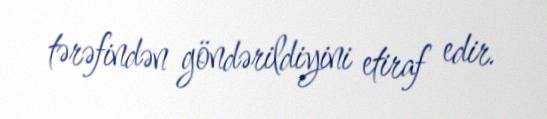
tərəfindən göndərildiyini etiraf edir.